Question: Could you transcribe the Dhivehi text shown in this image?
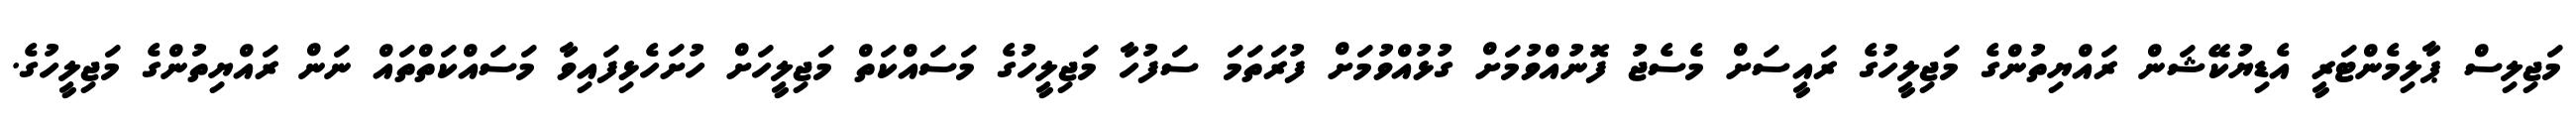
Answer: މަޖިލިސް ޕާލިމެންޓަރީ އެޑިޔުކޭޝަން ރައްޔިތުންގެ މަޖިލީހުގެ ރައީސަށް މެސެޖު ފޮނުއްވުމަށް ގުޅުއްވުމަށް ފުރަތަމަ ސަފުހާ މަޖިލީހުގެ މަސައްކަތް މަޖިލީހަށް ހުށަހެޅިފައިވާ މަސައްކަތްތައް ނަން ރައްޔިތުންގެ މަޖިލީހުގެ.